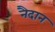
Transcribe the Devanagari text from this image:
नैदान